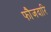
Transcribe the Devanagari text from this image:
फौजदारि